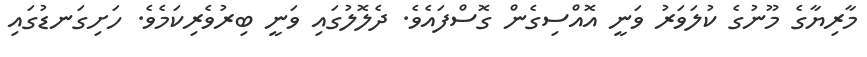
މާރިޔާގެ މޫނުގެ ކުލަވަރު ވަނީ އޮއްސިގެން ގޮސްފައެވެ. ދެލޮލުގައި ވަނީ ބިރުވެރިކަމެވެ. ހަށިގަނޑުގައި